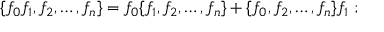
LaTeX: \{ f _ { 0 } f _ { 1 } , f _ { 2 } , \ldots , f _ { n } \} = f _ { 0 } \{ f _ { 1 } , f _ { 2 } , \ldots , f _ { n } \} + \{ f _ { 0 } , f _ { 2 } , \ldots , f _ { n } \} f _ { 1 } \; ;